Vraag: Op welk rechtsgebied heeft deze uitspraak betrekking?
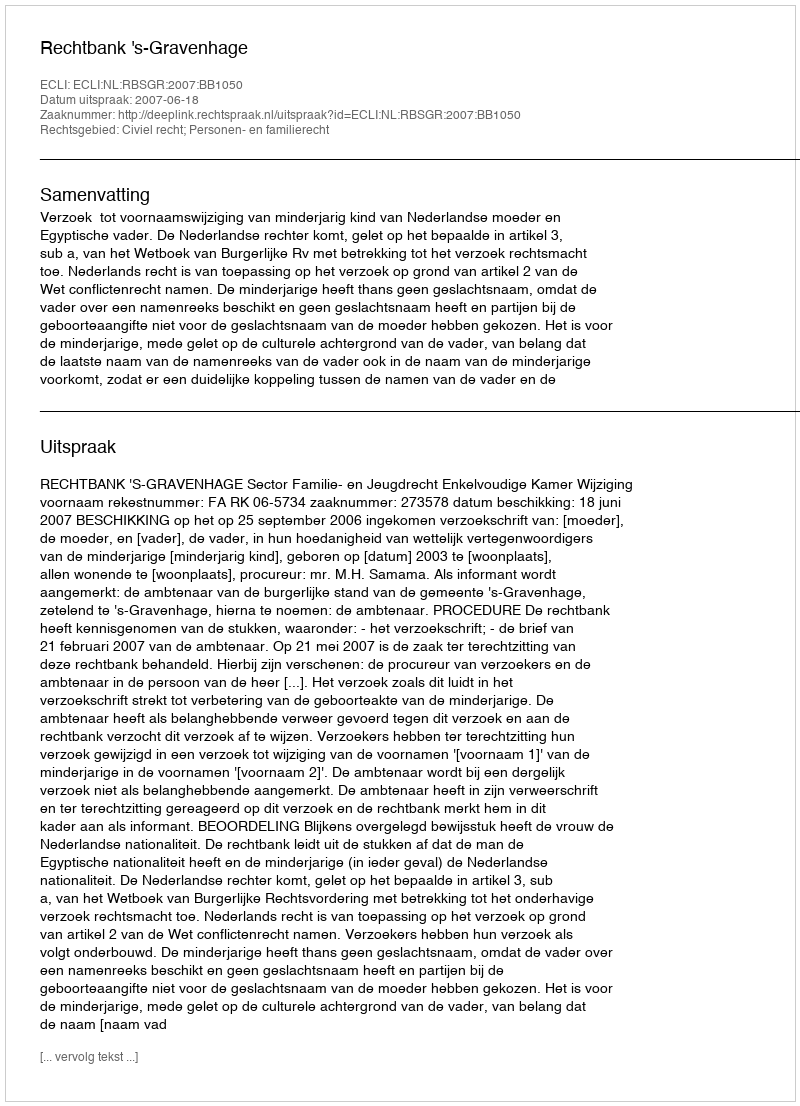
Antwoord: Civiel recht; Personen- en familierecht